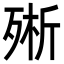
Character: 㱤